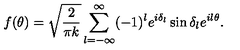
f ( \theta ) = \sqrt { \frac { 2 } { \pi k } } \sum _ { l = - \infty } ^ { \infty } ( - 1 ) ^ { l } e ^ { i \delta _ { l } } \sin \delta _ { l } e ^ { i l \theta } .